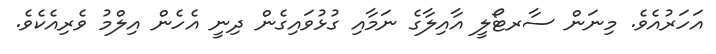
އަހަރުއެވެ. މިނަން ސާރޓޯލީ އާއިލާގެ ނަމާއި ގުޅުވައިގެން ދިނީ އެހެން އިލްމު ވެރިއެކެވެ.